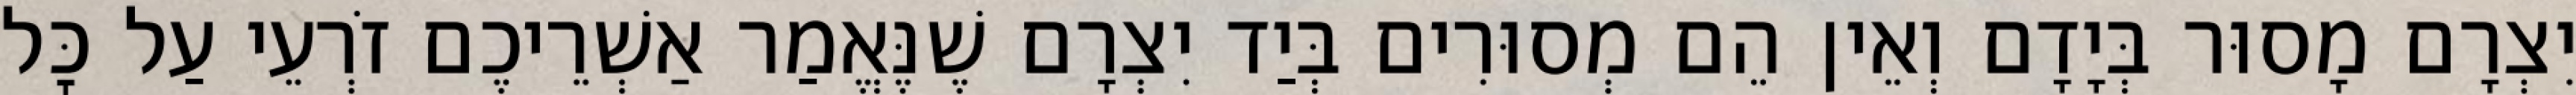
יִצְרָם מָסוּר בְּיָדָם וְאֵין הֵם מְסוּרִים בְּיַד יִצְרָם שֶׁנֶּאֱמַר אַשְׁרֵיכֶם זֹרְעֵי עַל כׇּל